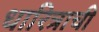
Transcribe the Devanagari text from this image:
धारित्राची